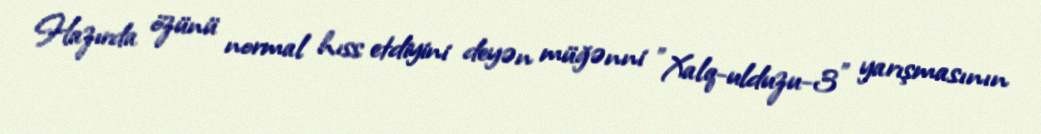
Hazırda özünü normal hıss etdiyini deyən müğənni "Xalq-ulduzu-3" yarışmasının